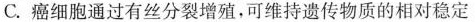
C.癌细胞通过有丝分裂增殖，可维持遗传物质的相对稳定